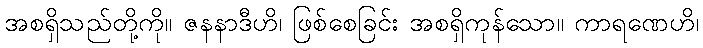
အစရှိသည်တို့ကို။ ဇနနာဒီဟိ၊ ဖြစ်စေခြင်း အစရှိကုန်သော။ ကာရဏေဟိ၊